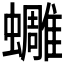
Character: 𧔿